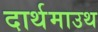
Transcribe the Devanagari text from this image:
दार्थमाउथ